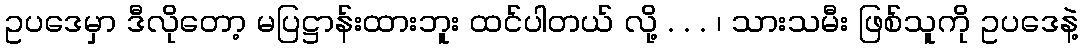
ဥပဒေမှာ ဒီလိုတော့ မပြဋ္ဌာန်းထားဘူး ထင်ပါတယ် လို့ . . . ၊ သားသမီး ဖြစ်သူကို ဥပဒေနဲ့